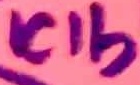
Text: IC1b